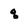
Character: q